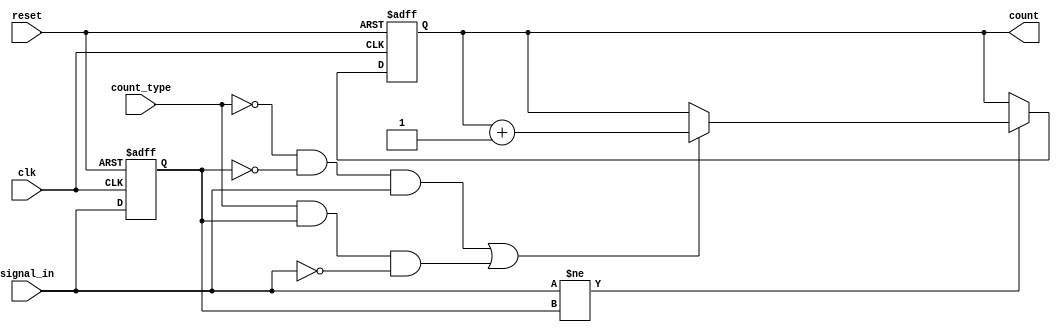
module edge_counter (
    input wire clk,           // Clock signal
    input wire reset,         // Active-high reset signal
    input wire signal_in,     // Input signal to monitor edges
    input wire count_type,    // Count type: 0 for rising, 1 for falling
    output reg [31:0] count   // 32-bit counter output
);

    reg signal_in_prev;       // Previous state of the input signal

    always @(posedge clk or posedge reset) begin
        if (reset) begin
            count <= 32'b0;       // Reset the counter to zero
            signal_in_prev <= 1'b0; // Initialize previous signal state
        end else begin
            // Edge detection logic
            if (signal_in != signal_in_prev) begin
                // Check count type for rising or falling edge
                if ((count_type == 1'b0 && signal_in_prev == 1'b0 && signal_in == 1'b1) || // Rising edge
                    (count_type == 1'b1 && signal_in_prev == 1'b1 && signal_in == 1'b0)) begin // Falling edge
                    count <= count + 1; // Increment the counter
                end
            end
            signal_in_prev <= signal_in; // Update previous state
        end
    end
endmodule